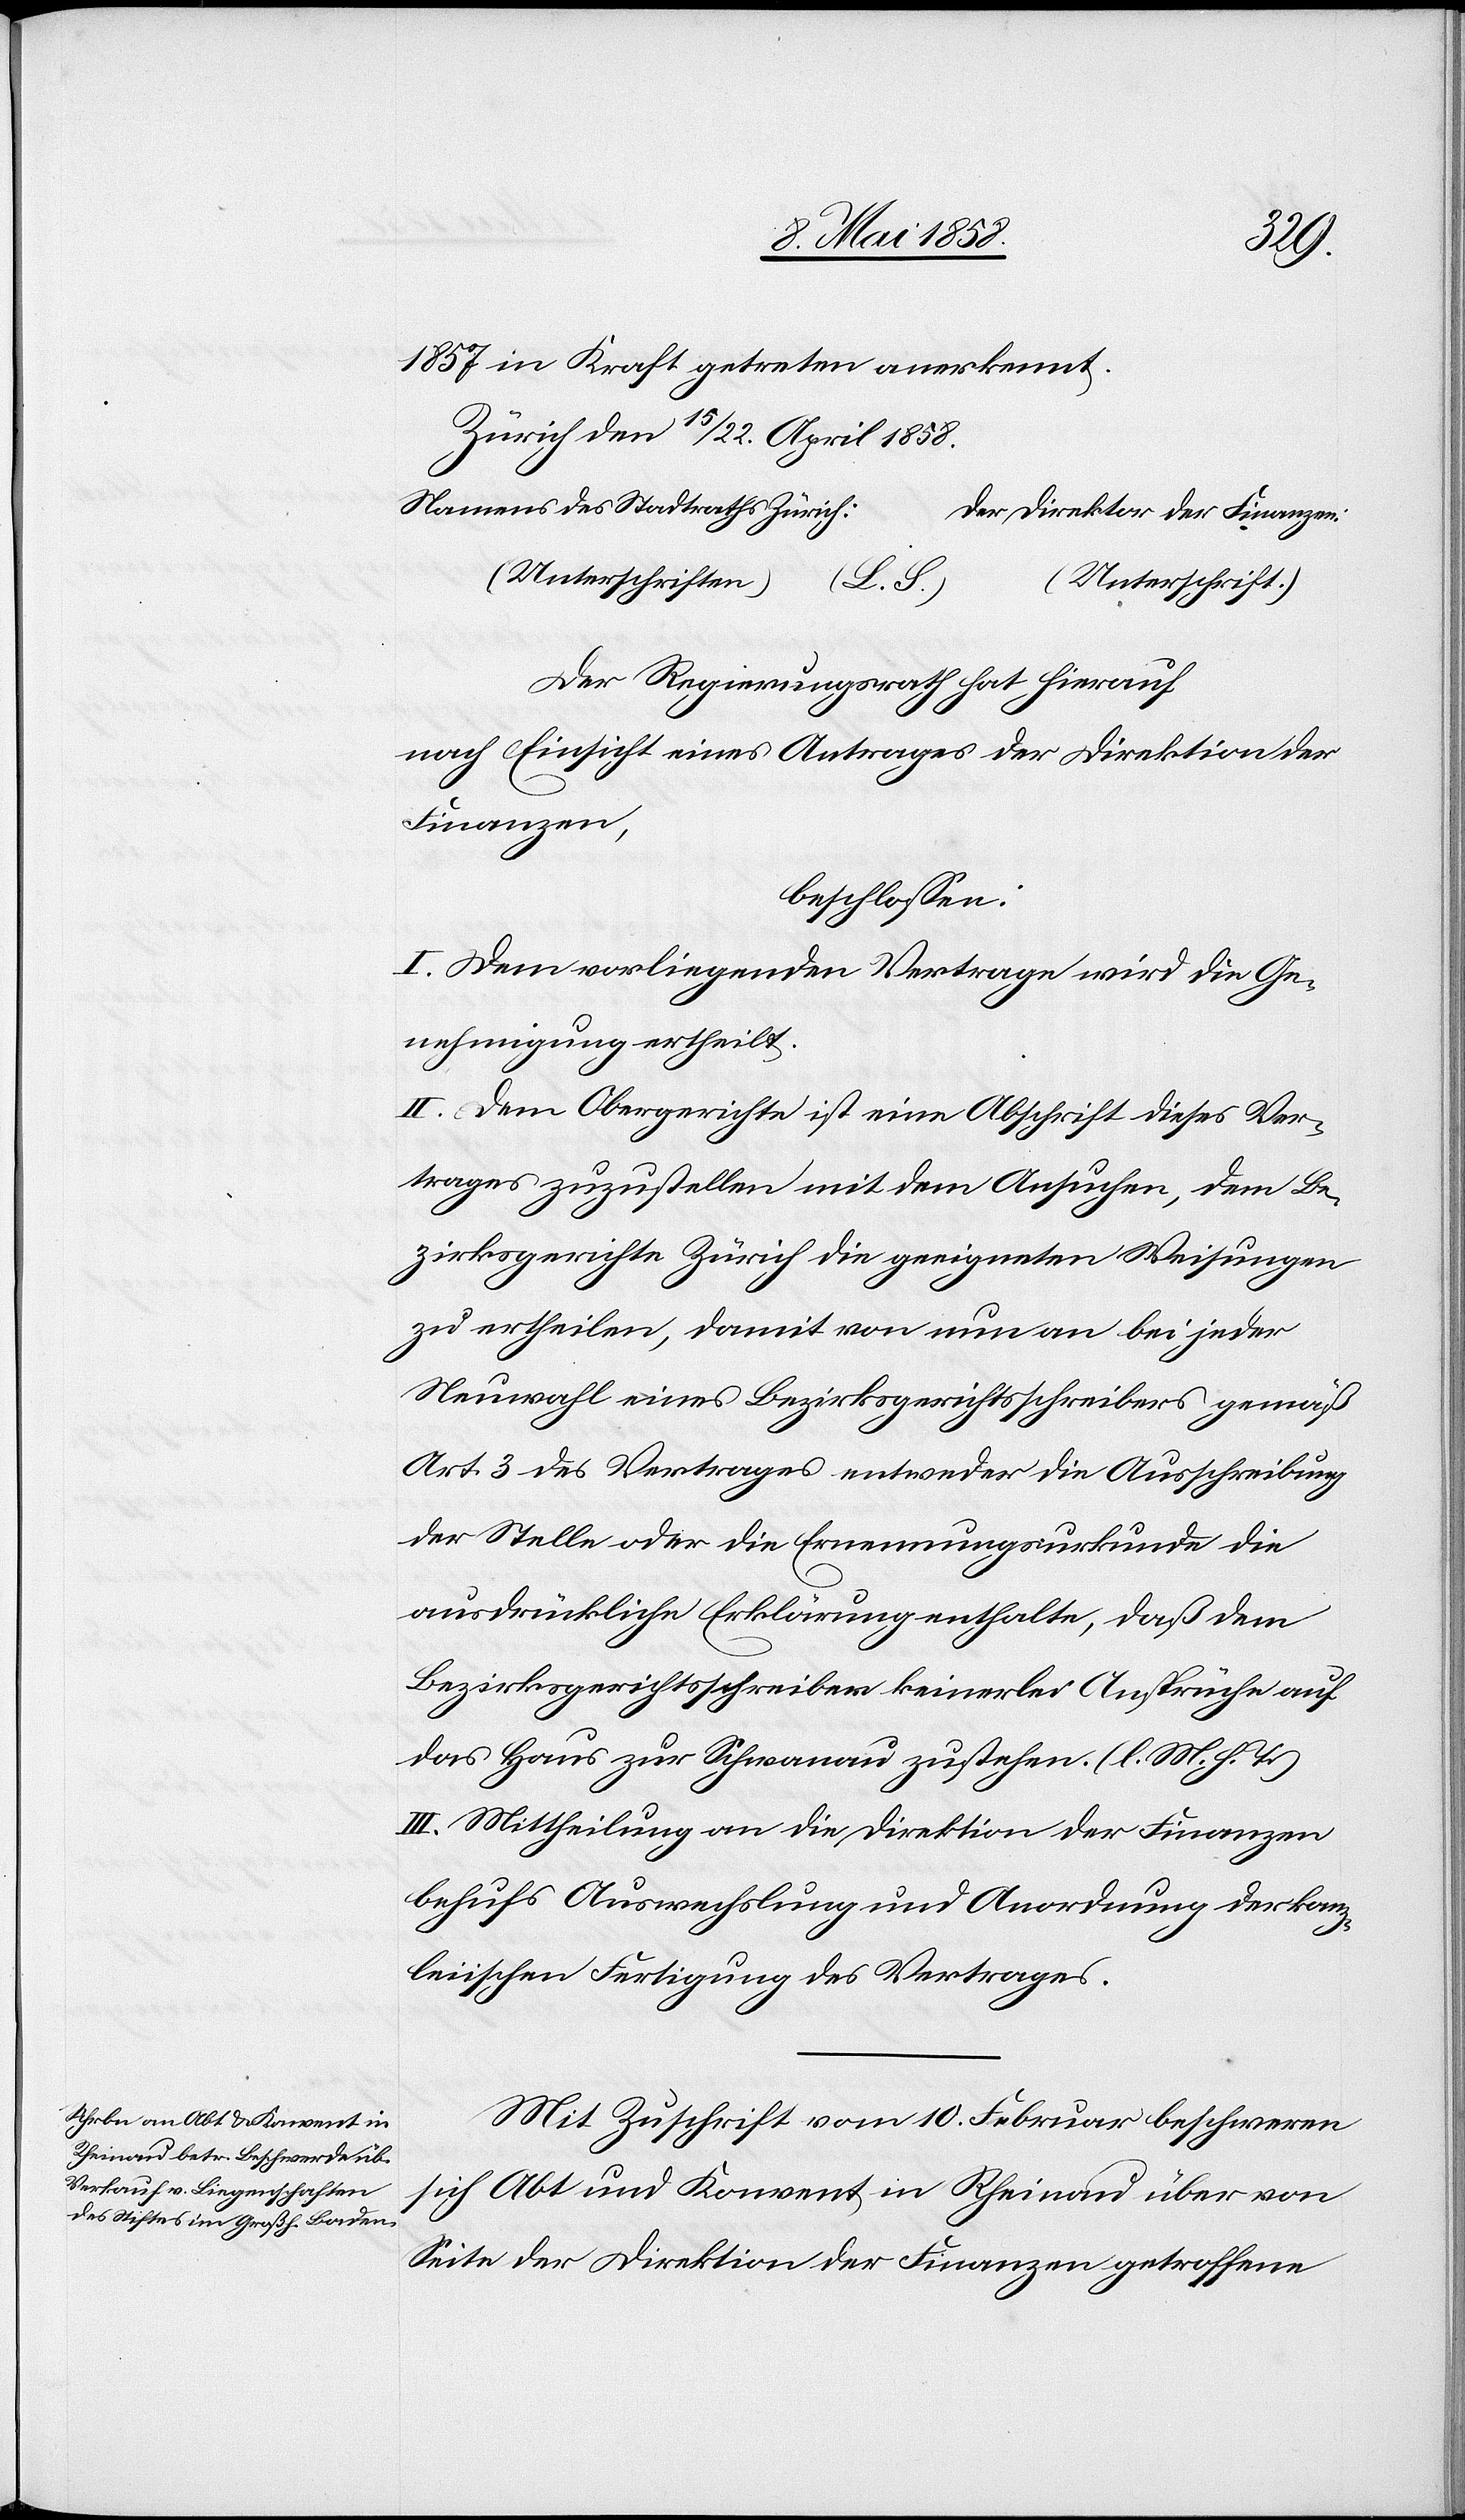
1857 in Kraft getreten anerkennt.
Zürich den 15/22. April 1858
Direktor der Finanzen.
(Unterschriften)	(L.
Der Regierungsrath hat hierauf
nach Einsicht eines Antrages der Direktion der
Finanzen,
beschlossen:
I. Dem vorliegenden Vertrage wird die Ge¬
nehmigung ertheilt.
II. Dem Obergerichte ist eine Abschrift dieses Ver¬
trages zuzustellen mit dem Ansuchen, dem Be¬
zirksgerichte Zürich die geeigneten Weisungen
zu ertheilen, damit von nun an bei jeder
Neuwahl eines Bezirksgerichtsschreibers gemäß
Art. 3 des Vertrages entweder die Ausschreibung
der Stelle oder die Ernennungsurkunde die
ausdrückliche Erklärung enthalte, daß dem
Bezirksgerichtsschreiber keinerlei Ansprüche auf
das Haus zur Schwanau zustehen. (l. M. h. T.)
III. Mittheilung an die Direktion der Finanzen
behufs Auswechslung und Anordnung der kanz¬
leiischen Fertigung des Vertrages.
Mit Zuschrift vom 10. Februar beschweren
sich Abt und Konvent in Rheinau über von
Seite der Direktion der Finanzen getroffene